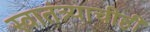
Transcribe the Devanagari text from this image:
स्वातंत्र्याचीही